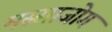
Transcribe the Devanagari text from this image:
मस्साजोग